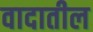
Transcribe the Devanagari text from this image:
वादातील